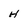
Character: H